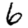
Digit: 6